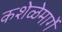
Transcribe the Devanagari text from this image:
कशेळेमार्गे